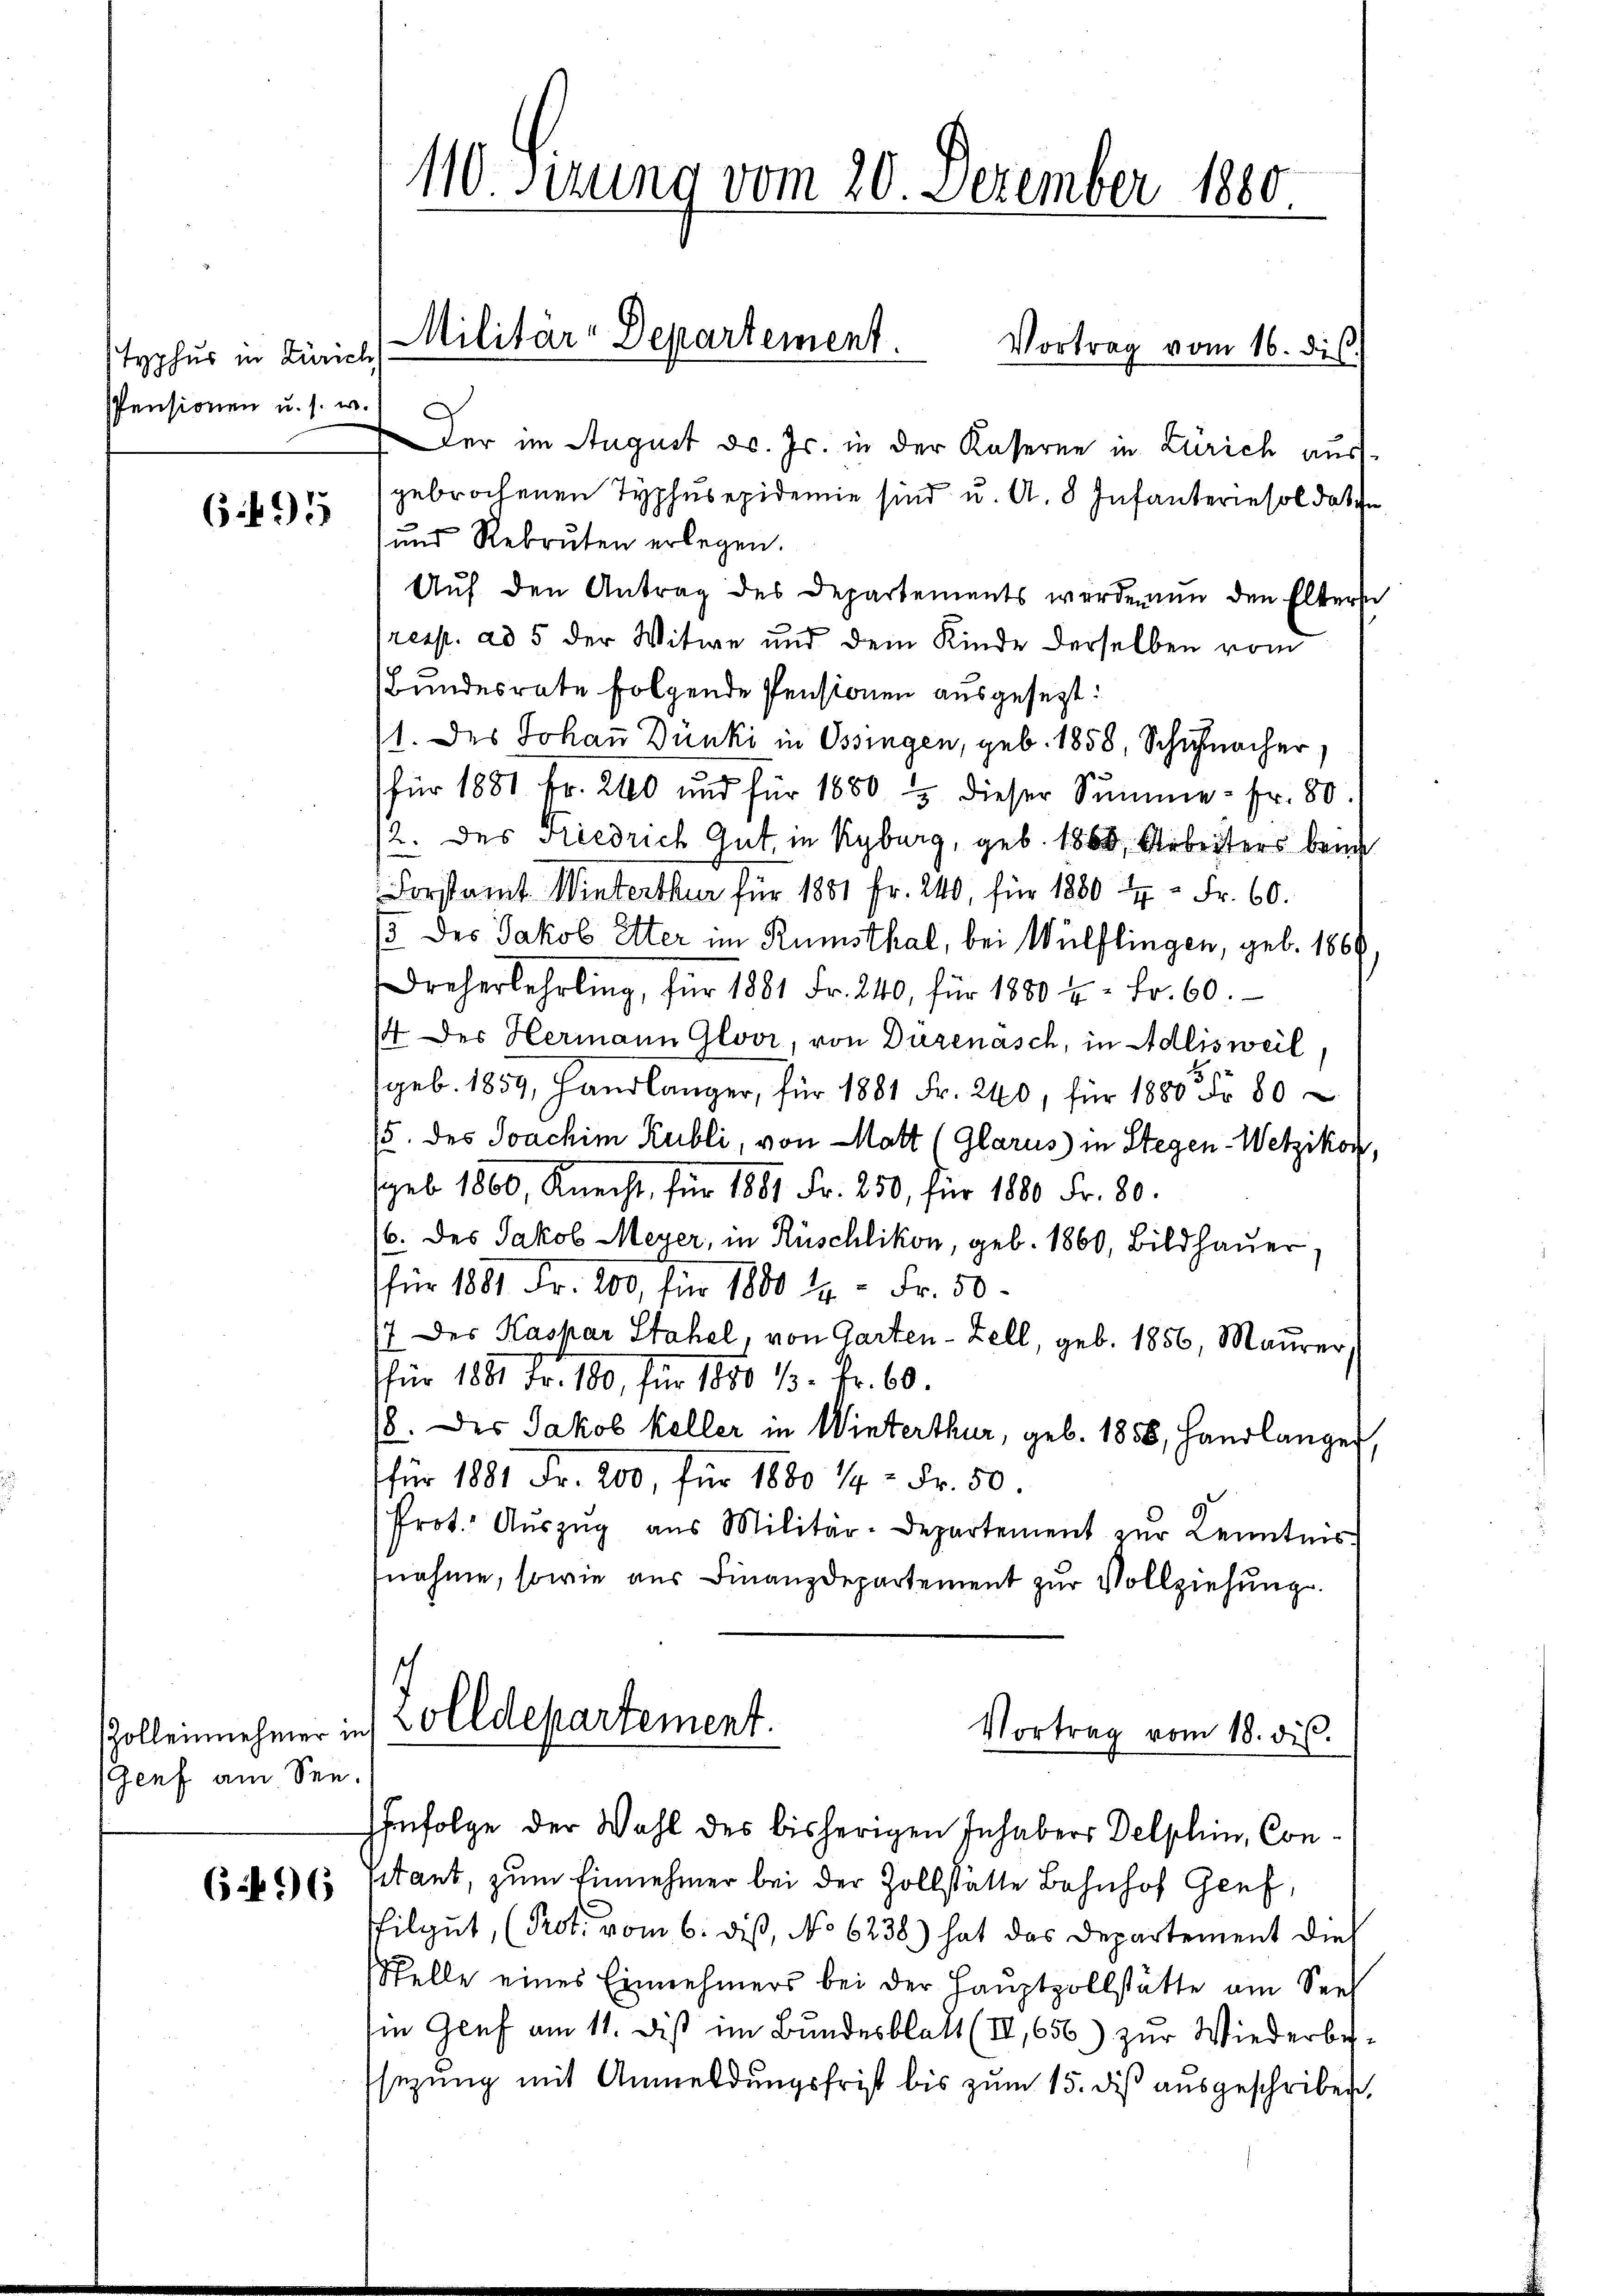
typhus in Zürich
PPensionen u. s. w.

695

Zolleinehmer in
Genf am See-

6496

Der im August d. Js. in der Kaserne in Zürich ausgebrochenen Typhusepidemie sind u. A. 8 Infanterie sol das in
und Rekruten erlegen.
Aŭf den Antrag des Departements werden den Elterse
Presp. ad 5 der Witwe und dem Kinde derselben vom
Bundesrate folgende Pensionen ausgesezt:
1. Des Johaṅ Dünki in Ossingen, geb. 1858, Schuhmacher,
(für 1881 Fr. 240 und für 1680 dieser Summe - fr. 80.
12. des Riedrich Gut, in Kyburg, geb. 1860, Arbeiters beim
Forstamt Winterthur für 1881 Fr. 240, für 1880 Fr. 60.
/5 des Jakob Etter im Rümsthal, bei Wülflingen, geb. 1860
Dreherlehrling, für 1881 Fr. 240, für 1880 u. Fr. 60.
/4 des Hermann Gloor, von Duzenasch, in Adlisweil,
geb. 1859, Handlänger, für 1881 Fr. 240, für 1880 Fr. 80
15. des Joachim Kubli, von Matt (Glarus in Stegen-Wetzikon,
(geb. 1860, Knecht, für 1881 Fr. 250, für 1880 Fr. 80.
(6. des Jakob Meyer, in Rüschlikon, geb. 1860, Bildhaŭer,
für 1881 Fr. 200, für 1800 t. - Fr. 50
(7 des Kaspar Stahel, von Garten-Zell, geb. 1856, Maurer
für 1881 Fr. 100, für 1850 %. Fr. 60.
/8. Des Jakob Keller in Winterthur, geb. 1858, Handlangen
für 1881 Fr. 200, für 1880 1/4 - Fr. 50.
Prot. Auszug aus Militär-Departement zur Kenntnis
nahme, sowie aus Finanzdepartement zur Vollziehung.
olldepartement.
Vortrag vom 18. ds.

110. Sirung vom 20. Dezember 1880

Militar-Departement.
Vortrag vom 16. dis

Infolge der Wahl des bisherigen Inhabers Delphin, Con¬

ptant, zum Einnehmer bei der Zollstätte Bahnhof Genf,
filgut, (Prot. vom 6. dieß, No 6238) hat das Departement die
Stelle eines Einnehmers bei der Hauptpollstätte am Seel
in Genf am 11. Dis im Bundesblatt (IV, 656.) zur Wiederbesezung mit Anmeldungsfrist bis zum 15. diß ausgeschriben,